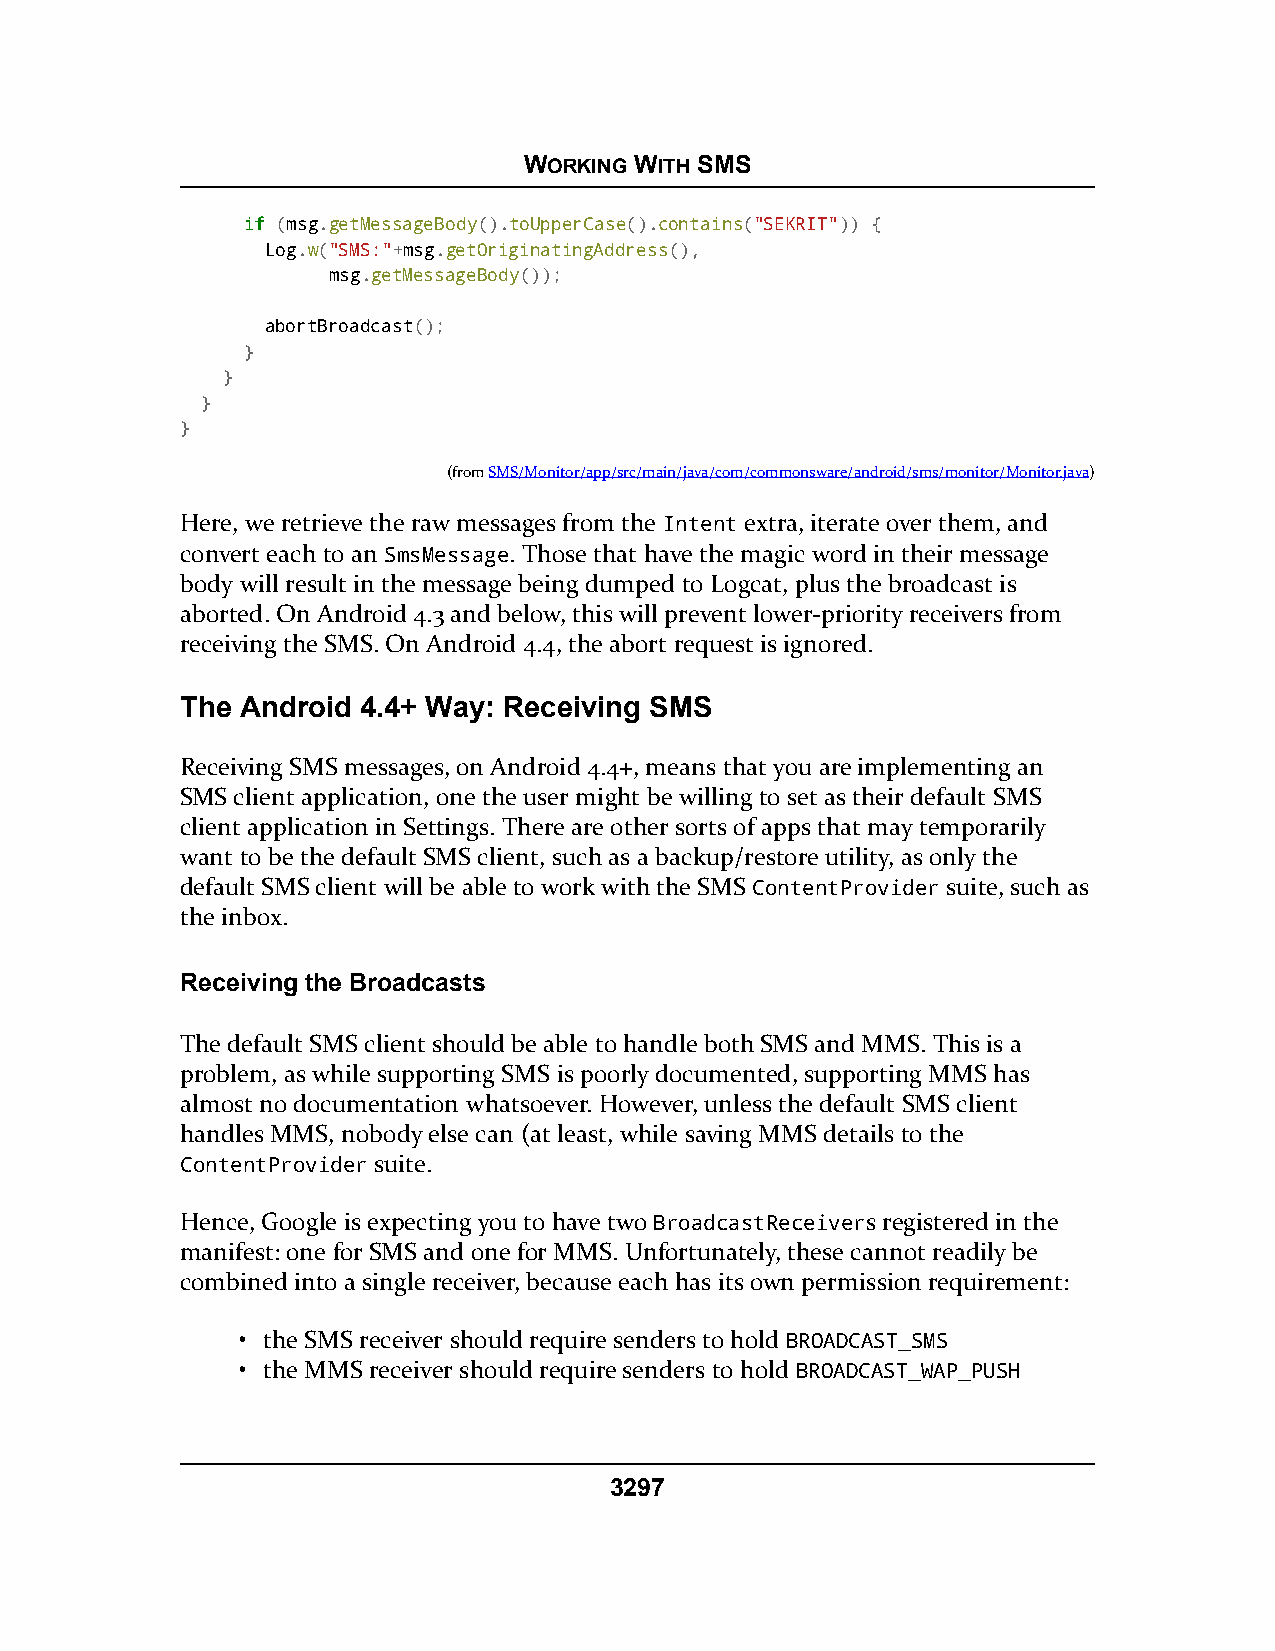
WORKING WITH SMS
 iiff (msg.getMessageBody().toUpperCase().contains("SEKRIT")) {
 Log.w("SMS:"+msg.getOriginatingAddress(),
 msg.getMessageBody());
 abortBroadcast();
 }
 }
 }
 }
 (fromSMS/Monitor/app/src/main/java/com/commonsware/android/sms/monitor/Monitor.java)
 Here, we retrieve the raw messages from the Intent extra, iterate over them, and
 convert each to an SmsMessage. Those that have the magic word in their message
 body will result in the message being dumped to Logcat, plus the broadcast is
 aborted. On Android 4.3 and below, this will prevent lower-priority receivers from
 receiving the SMS. On Android 4.4, the abort request is ignored.
 The Android 4.4+ Way: Receiving SMS
 Receiving SMS messages, on Android 4.4+, means that you are implementing an
 SMS client application, one the user might be willing to set as their default SMS
 client application in Settings. There are other sorts of apps that may temporarily
 want to be the default SMS client, such as a backup/restore utility, as only the
 default SMS client will be able to work with the SMS ContentProvider suite, such as
 the inbox.
 Receiving the Broadcasts
 The default SMS client should be able to handle both SMS and MMS. This is a
 problem, as while supporting SMS is poorly documented, supporting MMS has
 almost no documentation whatsoever. However, unless the default SMS client
 handles MMS, nobody else can (at least, while saving MMS details to the
 ContentProvider suite.
 Hence, Google is expecting you to have two BroadcastReceivers registered in the
 manifest: one for SMS and one for MMS. Unfortunately, these cannot readily be
 combined into a single receiver, because each has its own permission requirement:
 • the SMS receiver should require senders to hold BROADCAST_SMS
 • the MMS receiver should require senders to hold BROADCAST_WAP_PUSH
 3297